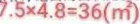
7 . 5 \times 4 . 8 = 3 6 ( m ^ { 2 } )